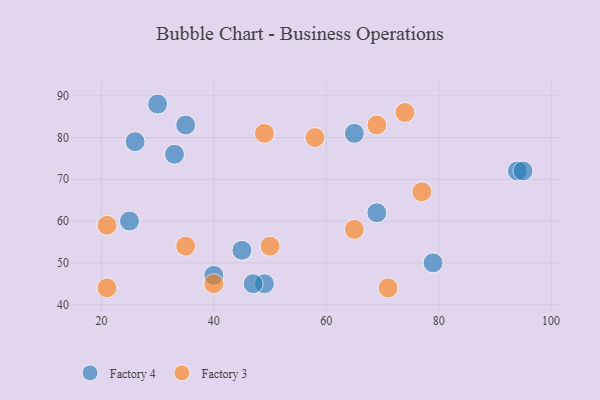
{"axis": {"x": "GDP", "y": "Life Expectancy"}, "legend": ["Factory 3", "Factory 4"], "data": [{"x": "33", "y": 76, "type": "Factory 4"}, {"x": "69", "y": 62, "type": "Factory 4"}, {"x": "30", "y": 88, "type": "Factory 4"}, {"x": "35", "y": 83, "type": "Factory 4"}, {"x": "65", "y": 81, "type": "Factory 4"}, {"x": "49", "y": 45, "type": "Factory 4"}, {"x": "79", "y": 50, "type": "Factory 4"}, {"x": "94", "y": 72, "type": "Factory 4"}, {"x": "25", "y": 60, "type": "Factory 4"}, {"x": "45", "y": 53, "type": "Factory 4"}, {"x": "95", "y": 72, "type": "Factory 4"}, {"x": "26", "y": 79, "type": "Factory 4"}, {"x": "40", "y": 47, "type": "Factory 4"}, {"x": "47", "y": 45, "type": "Factory 4"}, {"x": "21", "y": 59, "type": "Factory 3"}, {"x": "71", "y": 44, "type": "Factory 3"}, {"x": "74", "y": 86, "type": "Factory 3"}, {"x": "35", "y": 54, "type": "Factory 3"}, {"x": "65", "y": 58, "type": "Factory 3"}, {"x": "58", "y": 80, "type": "Factory 3"}, {"x": "69", "y": 83, "type": "Factory 3"}, {"x": "49", "y": 81, "type": "Factory 3"}, {"x": "40", "y": 45, "type": "Factory 3"}, {"x": "77", "y": 67, "type": "Factory 3"}, {"x": "21", "y": 44, "type": "Factory 3"}, {"x": "50", "y": 54, "type": "Factory 3"}]}